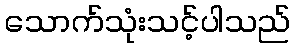
သောက်သုံးသင့်ပါသည်